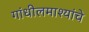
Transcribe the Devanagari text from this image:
गांधीलमाश्यांचे